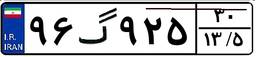
۳۷گ۶۶۵۲۹